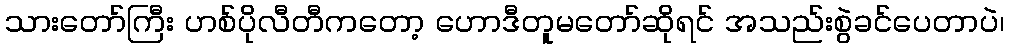
သားတော်ကြီး ဟစ်ပိုလီတီကတော့ ဟောဒီတူမတော်ဆိုရင် အသည်းစွဲခင်ပေတာပဲ၊